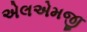
એલએમજી